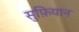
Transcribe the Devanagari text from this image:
सुफ़ियान